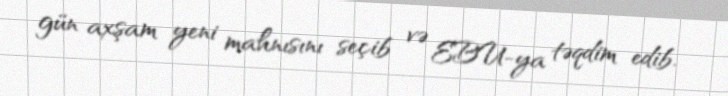
gün axşam yeni mahnısını seçib və EBU-ya təqdim edib.